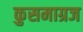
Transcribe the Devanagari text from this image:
कुसमाग्रज